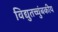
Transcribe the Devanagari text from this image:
विद्युतच्चुंबकीय